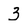
Character: 3